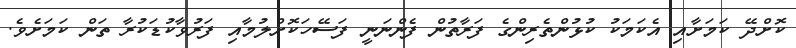
ކޮށްދޭ ކަމަށާއި އެކަމަކު ކުޅުންތެރިންގެ ފަރާތުން ފެންނަނީ ފަސޭހަކޮށްލުމާއި ފަރުވާކުޑަކުރާ ތަން ކަމަށެވެ.